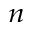
_ n